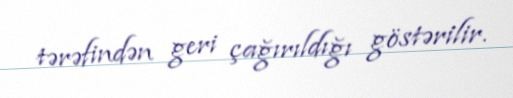
tərəfindən geri çağırıldığı göstərilir.